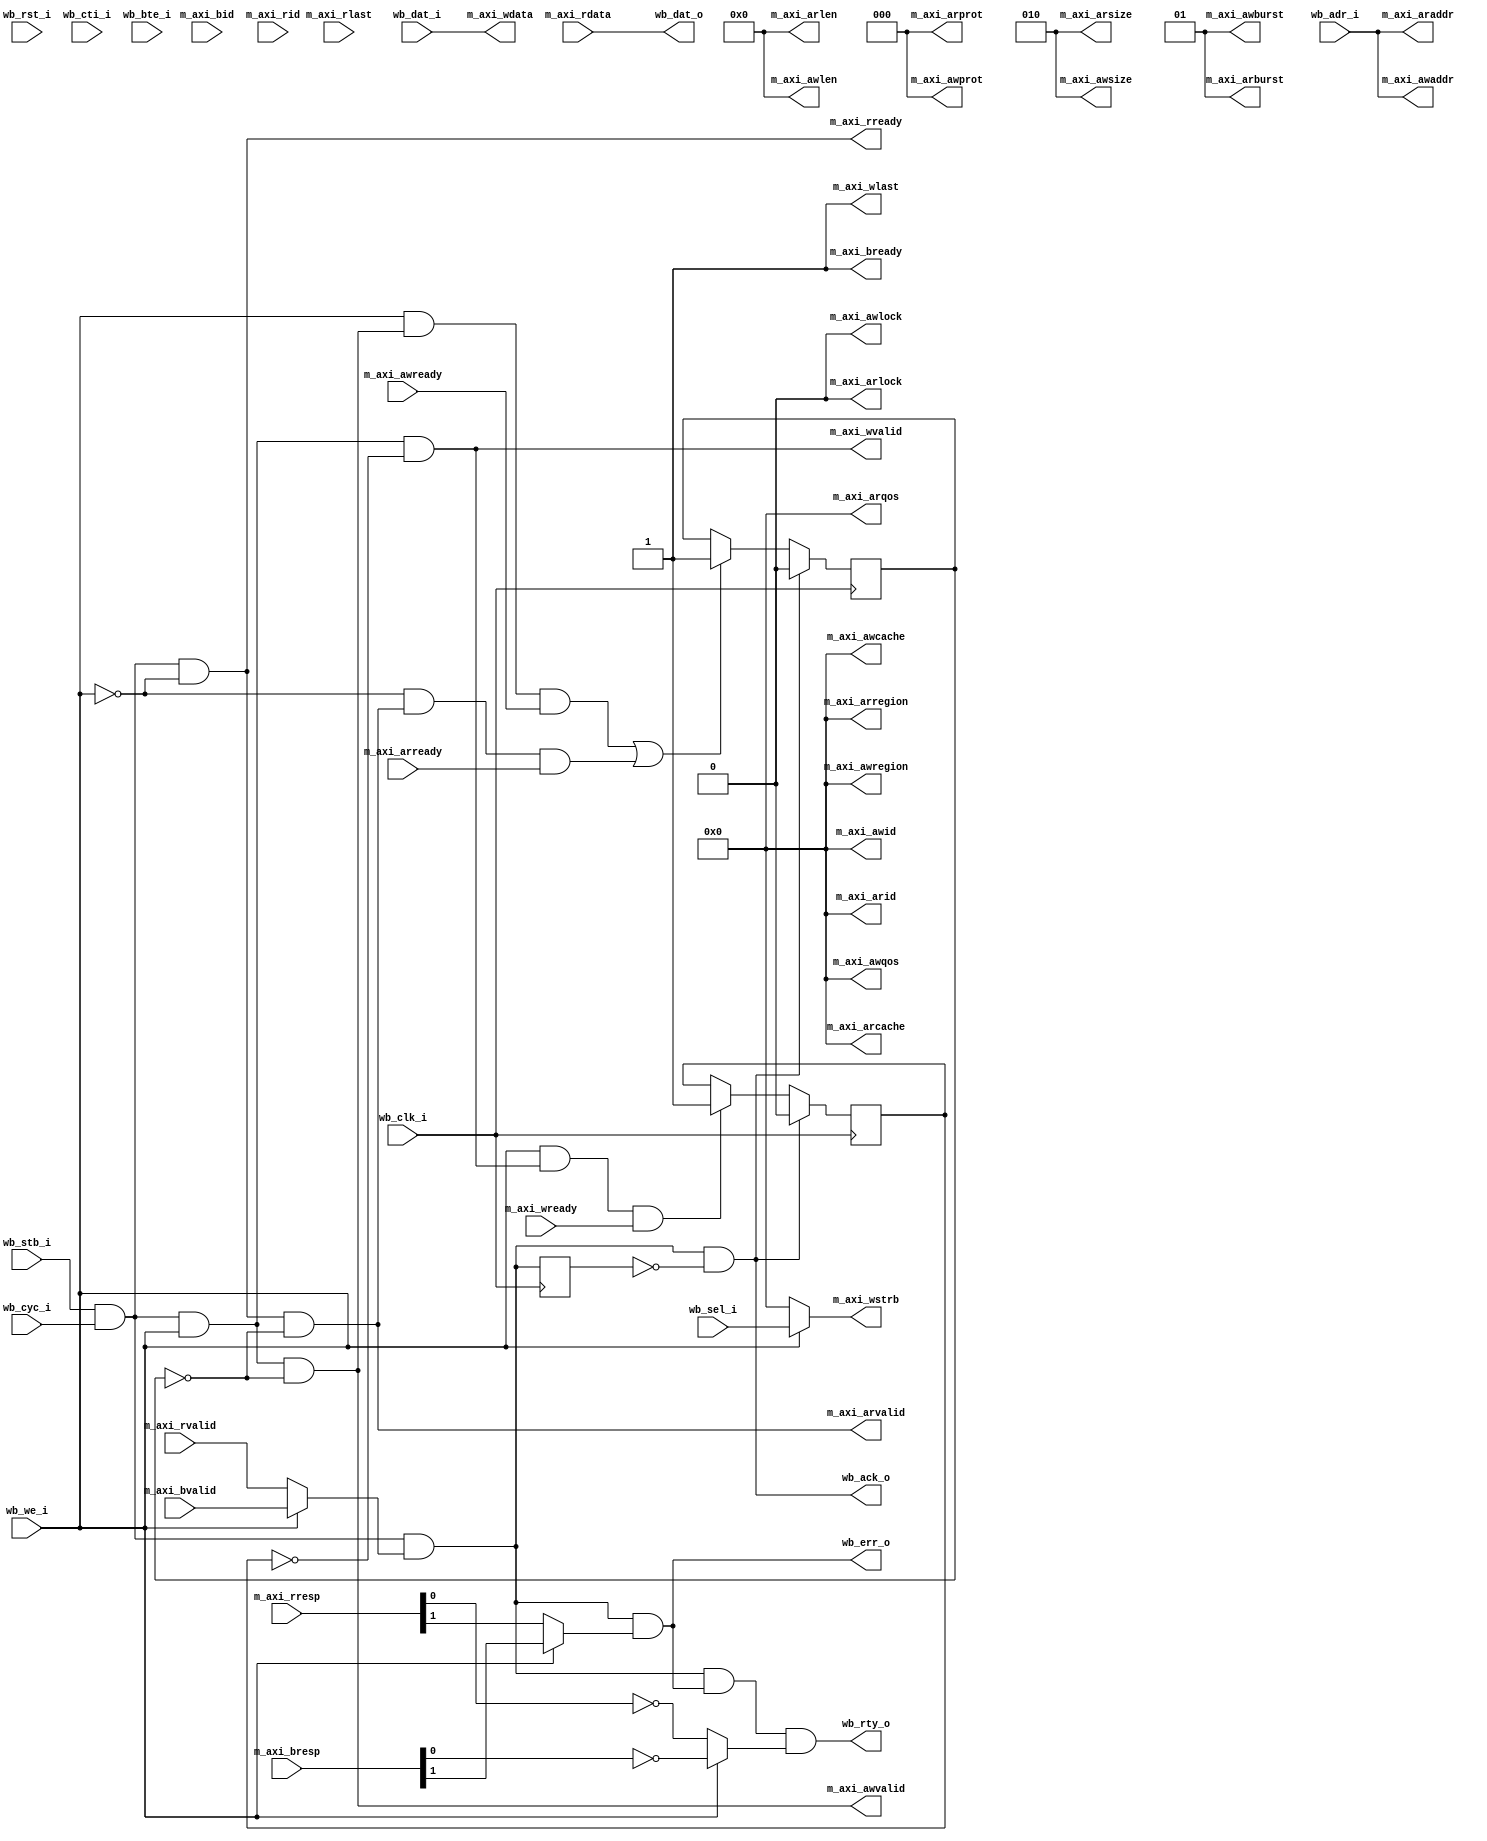
/*
 * Copyright (c) 2015, Christian Svensson <blue@cmd.nu>
 * All rights reserved.
 *
 * Redistribution and use in source and non-source forms, with or without
 * modification, are permitted provided that the following conditions are met:
 *     * Redistributions of source code must retain the above copyright
 *       notice, this list of conditions and the following disclaimer.
 *     * Redistributions in non-source form must reproduce the above copyright
 *       notice, this list of conditions and the following disclaimer in the
 *       documentation and/or other materials provided with the distribution.
 *
 * THIS WORK IS PROVIDED BY THE COPYRIGHT HOLDERS AND CONTRIBUTORS "AS IS"
 * AND ANY EXPRESS OR IMPLIED WARRANTIES, INCLUDING, BUT NOT LIMITED TO,
 * THE IMPLIED WARRANTIES OF MERCHANTABILITY AND FITNESS FOR A PARTICULAR
 * PURPOSE ARE DISCLAIMED. IN NO EVENT SHALL THE COPYRIGHT HOLDER OR
 * CONTRIBUTORS BE LIABLE FOR ANY DIRECT, INDIRECT, INCIDENTAL, SPECIAL,
 * EXEMPLARY, OR CONSEQUENTIAL DAMAGES (INCLUDING, BUT NOT LIMITED TO,
 * PROCUREMENT OF SUBSTITUTE GOODS OR SERVICES;
 * LOSS OF USE, DATA, OR PROFITS; OR BUSINESS INTERRUPTION) HOWEVER CAUSED AND
 * ON ANY THEORY OF LIABILITY, WHETHER IN CONTRACT, STRICT LIABILITY, OR TORT
 * (INCLUDING NEGLIGENCE OR OTHERWISE) ARISING IN ANY WAY OUT OF THE USE OF THIS
 * WORK, EVEN IF ADVISED OF THE POSSIBILITY OF SUCH DAMAGE.
 */

module wb_to_axi4_bridge #(
  parameter DW = 32,
  parameter AW = 32,
  parameter IDW = 4,
  parameter USRW = 0
)(
  input       wb_clk_i,
  input       wb_rst_i,

  input [AW-1:0]    wb_adr_i,
  input [DW-1:0]    wb_dat_i,
  input [DW/8-1:0]  wb_sel_i,
  input             wb_we_i,
  input             wb_cyc_i,
  input             wb_stb_i,
  input [2:0]       wb_cti_i,
  input [1:0]       wb_bte_i,
  output [DW-1:0]   wb_dat_o,
  output            wb_ack_o,
  output            wb_err_o,
  output            wb_rty_o,

  // TODO(bluecmd): Add xUSER signals
  input             m_axi_arready,
  input             m_axi_awready,
  input             m_axi_bvalid,
  input             m_axi_rlast,
  input             m_axi_rvalid,
  input             m_axi_wready,
  input [IDW-1:0]   m_axi_bid,
  input [1:0]       m_axi_bresp,
  input [IDW-1:0]   m_axi_rid,
  input [1:0]       m_axi_rresp,
  input [DW-1:0]    m_axi_rdata,
  output [1:0]      m_axi_arburst,
  output [3:0]      m_axi_arcache,
  output [IDW-1:0]  m_axi_arid,
  output [7:0]      m_axi_arlen,
  output [0:0]      m_axi_arlock,
  output [2:0]      m_axi_arprot,
  output [2:0]      m_axi_arsize,
  output            m_axi_arvalid,
  output [3:0]      m_axi_arqos,
  output [3:0]      m_axi_arregion,
  output [1:0]      m_axi_awburst,
  output [3:0]      m_axi_awcache,
  output [IDW-1:0]  m_axi_awid,
  output [7:0]      m_axi_awlen,
  output [0:0]      m_axi_awlock,
  output [2:0]      m_axi_awprot,
  output [2:0]      m_axi_awsize,
  output            m_axi_awvalid,
  output [3:0]      m_axi_awqos,
  output [3:0]      m_axi_awregion,
  output            m_axi_bready,
  output            m_axi_rready,
  output            m_axi_wlast,
  output            m_axi_wvalid,
  output [AW-1:0]   m_axi_araddr,
  output [AW-1:0]   m_axi_awaddr,
  output [DW-1:0]   m_axi_wdata,
  output [DW/8-1:0] m_axi_wstrb
);
  wire active;
  wire complete;
  reg complete_r;
  reg asserted_addr_r = 0;
  reg asserted_write_r = 0;

  assign active = wb_stb_i & wb_cyc_i;

  assign complete = active & (wb_we_i ? m_axi_bvalid : m_axi_rvalid);

  // TODO(bluecmd): Byte mask?
  assign wb_dat_o = m_axi_rdata;
  assign m_axi_wdata = wb_dat_i;

  assign wb_ack_o = complete & (~complete_r);
  assign wb_err_o = complete & (~wb_we_i ? m_axi_rresp[1] : m_axi_bresp[1]);
  assign wb_rty_o = complete & wb_err_o &
    (~wb_we_i ? ~m_axi_rresp[0] : ~m_axi_bresp[0]);

  assign m_axi_arvalid = active & ~wb_we_i & ~asserted_addr_r;
  assign m_axi_awvalid = active & wb_we_i & ~asserted_addr_r;
  assign m_axi_rready = active & ~wb_we_i;
  assign m_axi_wvalid = active & wb_we_i & ~asserted_write_r;
  assign m_axi_araddr = wb_adr_i;
  assign m_axi_awaddr = wb_adr_i;
  assign m_axi_wstrb = wb_we_i ? wb_sel_i : 0;

  assign m_axi_bready = 1'b1;

  always @(posedge wb_clk_i)
  begin
    complete_r <= complete;

    asserted_addr_r <= asserted_addr_r;
    asserted_write_r <= asserted_write_r;

    if ((wb_we_i & m_axi_awvalid & m_axi_awready) |
       (~wb_we_i & m_axi_arvalid & m_axi_arready))
      asserted_addr_r <= 1'b1;
    if (wb_we_i & m_axi_wvalid & m_axi_wready)
      asserted_write_r <= 1'b1;
    if (wb_ack_o)
    begin
      asserted_addr_r <= 0;
      asserted_write_r <= 0;
    end
  end

  // Set all IDs we drive to 0, we do not support multiple transactions
  assign m_axi_awid = 0;
  assign m_axi_arid = 0;

  // TODO(bluecmd): Change when we want to support bursts
  assign m_axi_arburst = 2'b01;
  assign m_axi_arlen = 0;
  assign m_axi_arsize = $clog2(DW/8);

  assign m_axi_awburst = 2'b01;
  assign m_axi_awlen = 0;
  assign m_axi_awsize = $clog2(DW/8);
  assign m_axi_wlast = 1'b1;

  // We do not support protected modes
  assign m_axi_arprot = 0;
  assign m_axi_awprot = 0;

  // We do not support exclusive modes
  assign m_axi_arlock = 0;
  assign m_axi_awlock = 0;

  // We do not support cache modes
  assign m_axi_arcache = 0;
  assign m_axi_awcache = 0;

  // We do not support QoS modes
  assign m_axi_arqos = 0;
  assign m_axi_awqos = 0;

  // We do not currently support multiple regions
  // (You can use Xilinx's AXI interconnect for this)
  assign m_axi_arregion = 0;
  assign m_axi_awregion = 0;

endmodule